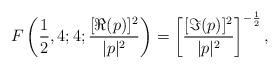
LaTeX: \begin{align*} F\left(\frac {1} {2},4;4;\frac {[\Re(p)]^2}{|p|^2}\right)= \left[\frac {[\Im(p)]^2} {|p|^2}\right]^{-\frac{1} {2}},\end{align*}